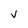
Character: V